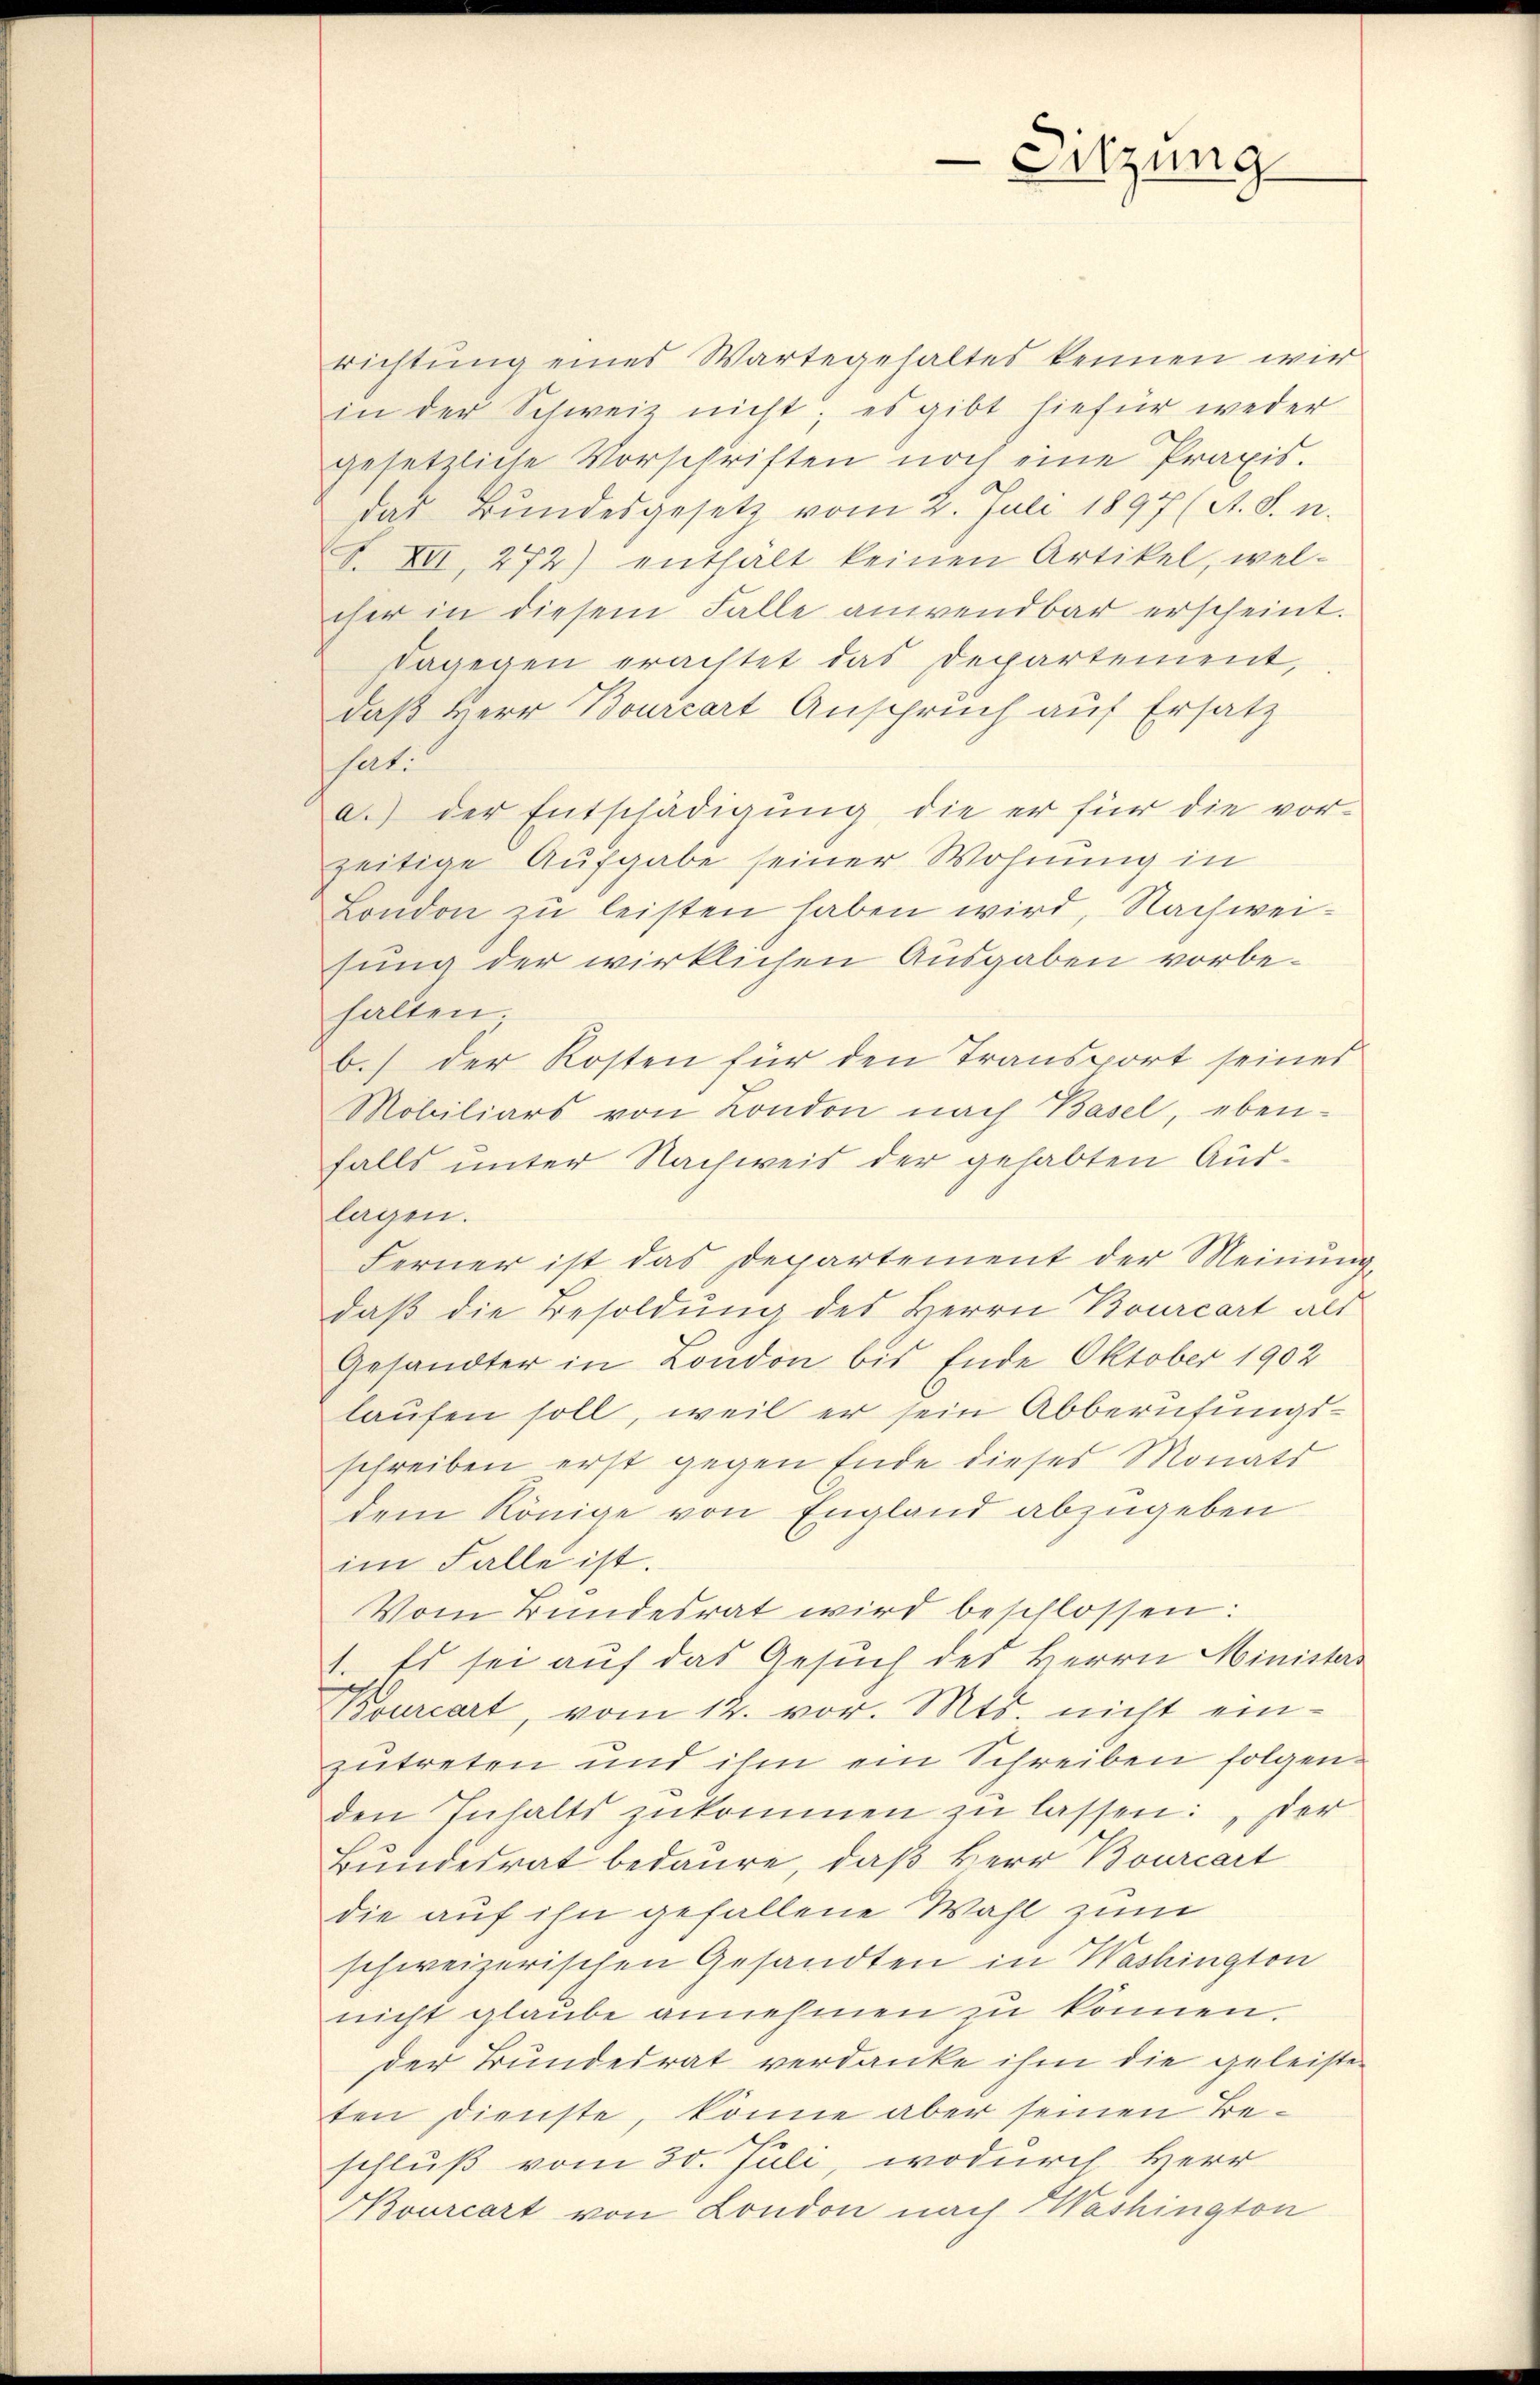
Sitzung

richtung eines Wartegehaltes kennen wir
in der Schweiz nicht; es gibt hiefür weder
gesetzliche Vorschriften noch eine Praxis.
das Bundesgesetz vom 2. Juli 1897 (A. S. n.
. XII, 272) enthalt keinen Artikel, wel-
cher in diesem Falle anwendbar erscheint.
dagegen erachtet das Departement,
daß Herr Bourcart Anspruch auf Ersatz
sat.
a.) der Entschädigung die er für die vorzeitige Aufgabe seiner Wohnung in
London zu leisten haben wird, Nachweisung der wirklichen Ausgaben vorbehalten.
b.) der Kosten für den Transport seines
Mobiliars von London nach Basel, eben-
falls unter Nachweis der gehabten Auslagen.
Ferner ist das Departement der Meinung
daß die Besoldung des Herrn Bourcart als
Gesandter in London bis Ende Oktober 1902
laufen soll, weil er sein Abberufungsschreiben erst gegen Ende dieses Monats
dem Könige von England abzugeben
im Falle ist.
Vom Bundesrat wird beschlossen:
4. Es sei auf das Gesuch des Herrn Ministers
Bourcart, vom 12. vor. Mts. nicht einzutreten und ihm ein Schreiben folgenden Inhalts zukommen zu lassen: „Der
Bundesrat bedaure, daß Herr Bourcart
die auf ihn gefallene Wahl zum
schweizerischen Gesandten in Washington
nicht glaube annehmen zu können.
der Bundesrat verdanke ihm die geleisten
ten dienste, könne aber seinen Beschluß vom 30. Juli, wodurch Herr
Bourcart von London nach Washington